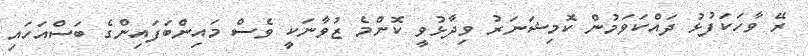
ރޭ ވާހަކަފުޅު ދައްކަވަމުން ކޮމިޝަނަރު ވިދާޅުވީ ކޮންމެ ޒުވާނަކީ ވެސް މައިންބަފައިންގެ ބަސްއަހައި